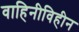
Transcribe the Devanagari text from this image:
वाहिनीविहीन